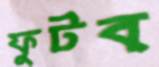
ফুটব